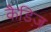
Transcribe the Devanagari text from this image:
कैडिज़